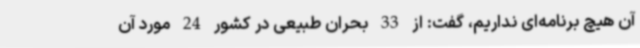
آن هیچ برنامه‌ای نداریم، گفت: از 33 بحران طبیعی در کشور 24 مورد آن